Civil Veterinary Dept. Bombay admin report 1923-31 - 1923-1931
Year: 1923
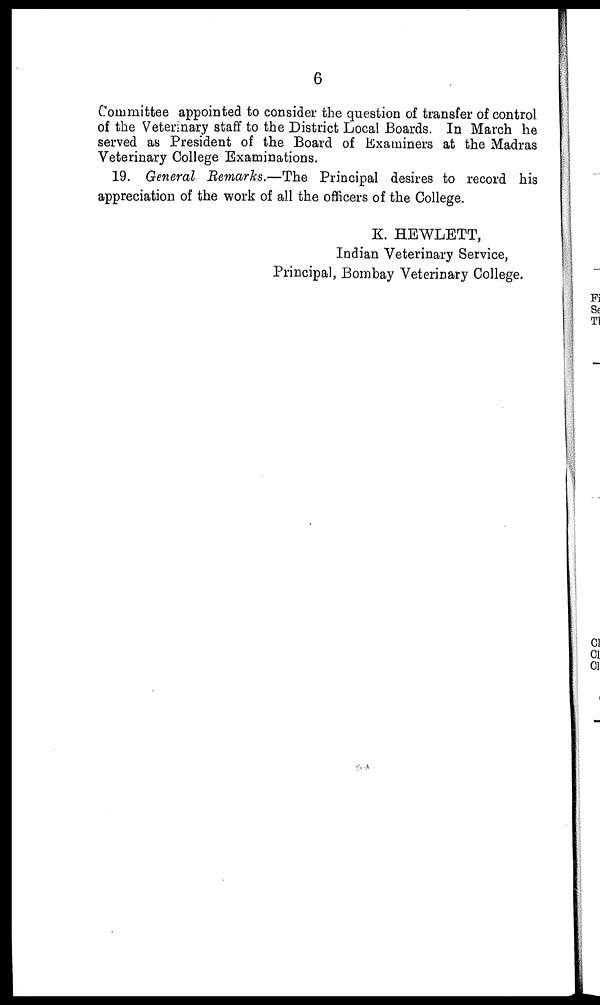
6
Committee appointed to consider the question of transfer of control
of the Veterinary staff to the District Local Boards. In March he
served as President of the Board of Examiners at the Madras
Veterinary College Examinations.
19. General Remarks.—The Principal desires to record his
appreciation of the work of all the officers of the College.
K. HEWLETT,
Indian Veterinary Service,
Principal, Bombay Veterinary College.